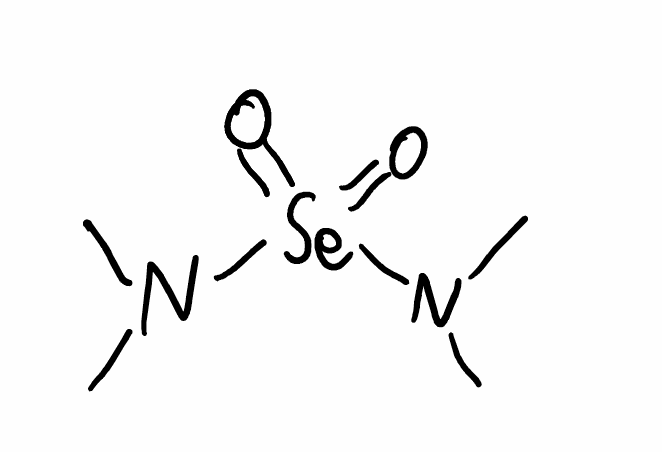
Simplified molecular-input line-entry system (SMILES) notation of the given molecule:
CN(C)[Se](=O)(=O)N(C)C